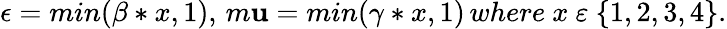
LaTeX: \epsilon=min(\beta*x,1),\, m\mathbf{u}=min(\gamma*x,1)\, where\ x\ \varepsilon\ \{ 1,2,3,4\} .